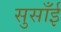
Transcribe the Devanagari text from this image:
सुसाँई